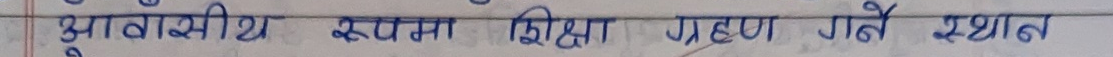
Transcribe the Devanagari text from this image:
आवासीय रुपमा शिक्षा ग्रहण गर्ने स्थान